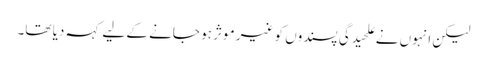
لیکن انہوں نے علحیدگی پسندوں کو غیر موثر ہو جانے کے لیے کہہ دیا تھا۔